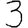
Digit: 3